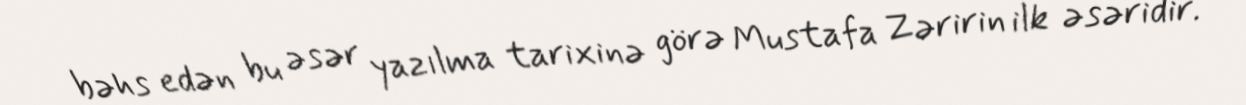
bəhs edən bu əsər yazılma tarixinə görə Mustafa Zəririn ilk əsəridir.